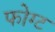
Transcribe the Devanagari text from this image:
फोग्ट